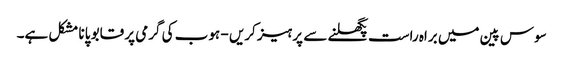
سوس پین میں براہ راست پگھلنے سے پرہیز کریں - ہوب کی گرمی پر قابو پانا مشکل ہے۔